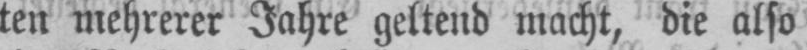
ten mehrerer Jahre geltend macht, die also